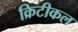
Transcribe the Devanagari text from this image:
क्रिटीकल